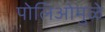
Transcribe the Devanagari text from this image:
पोलिओमुळे